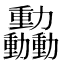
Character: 𫦿